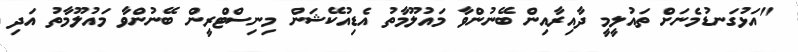
"އަޅުގަނޑުމެނަށް ތައުލީމީ ދާއިރާއިން ބޭނުންވާ މައުލޫމާތު އެޑިއުކޭޝަން މިނިސްޓްރީން ބޭނުންވާ މައުލޫމާތު އަދި